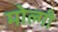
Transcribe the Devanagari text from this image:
मोल्गी